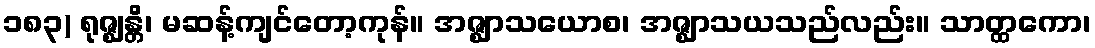
၁၈၃) ရုဇ္ဈန္တိ၊ မဆန့်ကျင်တော့ကုန်။ အဇ္ဈာသယောစ၊ အဇ္ဈာသယသည်လည်း။ သာတ္ထကော၊